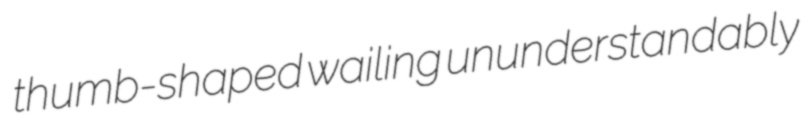
thumb-shaped wailing ununderstandably